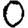
Digit: 0